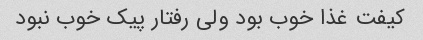
کیفت غذا خوب بود ولی رفتار پیک خوب نبود